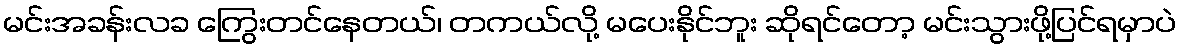
မင်းအခန်းလခ ကြွေးတင်နေတယ်၊ တကယ်လို့ မပေးနိုင်ဘူး ဆိုရင်တော့ မင်းသွားဖို့ပြင်ရမှာပဲ